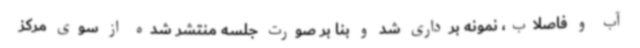
آب و فاصلاب، نمونه برداری شد و بنا بر صورت جلسه منتشر شده از سوی مرکز